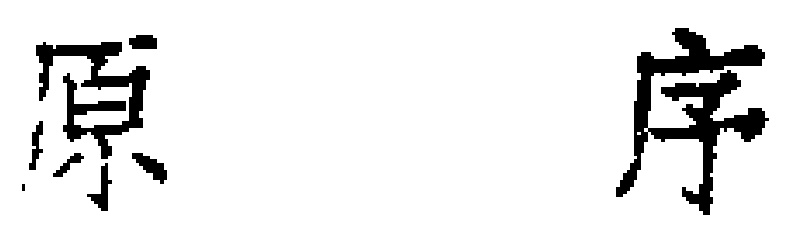
原 序